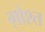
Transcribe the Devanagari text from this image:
ग़ोश्त